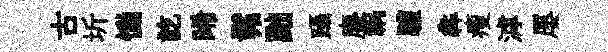
古圻慟訖晞髴黜躡塵祸驩犇瘦滹屡